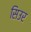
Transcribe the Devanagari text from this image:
सिउर